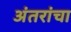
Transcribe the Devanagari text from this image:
अंतरांचा